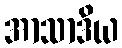
အာသာဒိယ